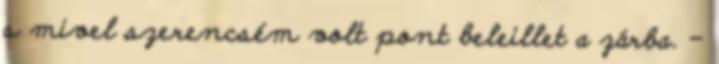
s mivel szerencsém volt pont beleillet a zárba. –